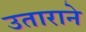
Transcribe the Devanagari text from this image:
उताराने